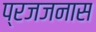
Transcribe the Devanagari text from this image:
प्रजजनास